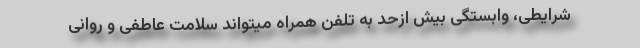
شرایطی، وابستگی بیش ازحد به تلفن همراه میتواند سلامت عاطفی و روانی